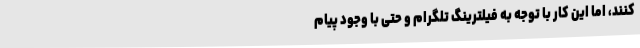
کنند،‌ اما این کار با توجه به فیلترینگ تلگرام و حتی با وجود پیام‌